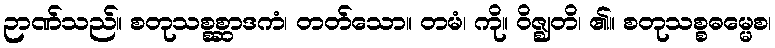
ဉာဏ်သည်။ စတုသစ္စစ္ဆာဒကံ၊ တတ်သော။ တမံ၊ ကို။ ဝိဇ္ဈတိ၊ ၏။ စတုသစ္စဓမ္မေစ၊